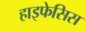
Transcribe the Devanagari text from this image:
हाइफेसिस